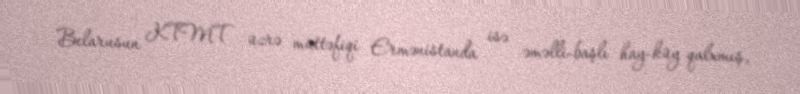
Belarusun KTMT üzrə müttəfiqi Ermənistanda isə əməlli-başlı hay-küy qalxmış,